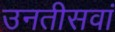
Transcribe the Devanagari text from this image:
उनतीसवां